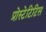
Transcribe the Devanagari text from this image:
प्रोस्टेटिटिस